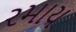
રમાય